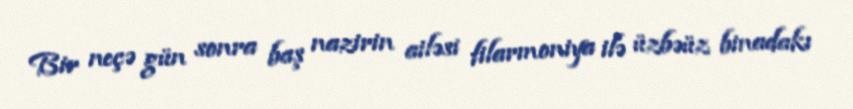
Bir neçə gün sonra baş nazirin ailəsi filarmoniya ilə üzbəüz binadakı